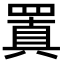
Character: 𮊍